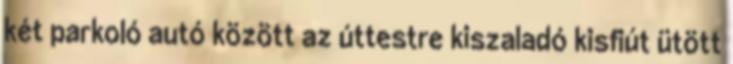
két parkoló autó között az úttestre kiszaladó kisfiút ütött